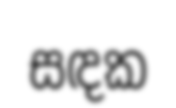
සඳක